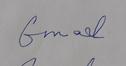
Signature authenticity: forged